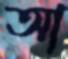
আ